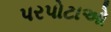
પરપોટાઓ